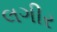
લગીર